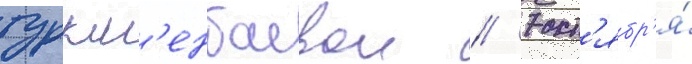
туркм'енбаевои // 7 окт'ябр'я́